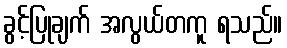
ခွင့်ပြုချက် အလွယ်တကူ ရသည်။